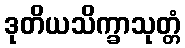
ဒုတိယသိက္ခာသုတ္တံ